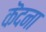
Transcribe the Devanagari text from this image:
कॆदना